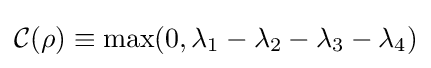
{\mathcal {C}}(\rho )\equiv \max(0,\lambda _{1}-\lambda _{2}-\lambda _{3}-\lambda _{4})